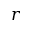
r